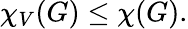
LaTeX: \chi_{V}(G)\leq\chi(G).